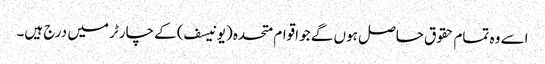
اسے وہ تمام حقوق حاصل ہوں گے جو اقوام متحدہ (یونیسف) کے چارٹر میں درج ہیں۔